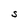
Character: S